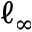
\ell _ { \infty }